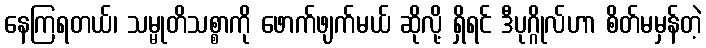
နေကြရတယ်၊ သမ္မုတိသစ္စာကို ဖောက်ဖျက်မယ် ဆိုလို့ ရှိရင် ဒီပုဂ္ဂိုလ်ဟာ စိတ်မမှန်တဲ့